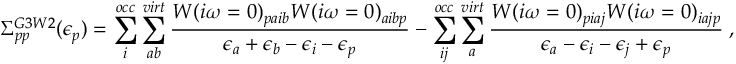
\Sigma _ { p p } ^ { G 3 W 2 } ( \epsilon _ { p } ) = \sum _ { i } ^ { o c c } \sum _ { a b } ^ { v i r t } \frac { W ( i \omega = 0 ) _ { p a i b } W ( i \omega = 0 ) _ { a i b p } } { \epsilon _ { a } + \epsilon _ { b } - \epsilon _ { i } - \epsilon _ { p } } - \sum _ { i j } ^ { o c c } \sum _ { a } ^ { v i r t } \frac { W ( i \omega = 0 ) _ { p i a j } W ( i \omega = 0 ) _ { i a j p } } { \epsilon _ { a } - \epsilon _ { i } - \epsilon _ { j } + \epsilon _ { p } } \; ,